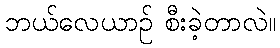
ဘယ်လေယာဉ် စီးခဲ့တာလဲ။